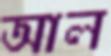
আল